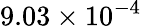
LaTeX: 9.03\times 10^{-4}